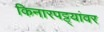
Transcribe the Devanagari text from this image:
किनारपट्ट्यांवर